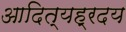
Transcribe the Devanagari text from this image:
आदित्यह्रदय